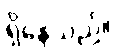
ရှိနေသည်။